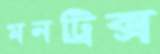
মনট্রিক্স